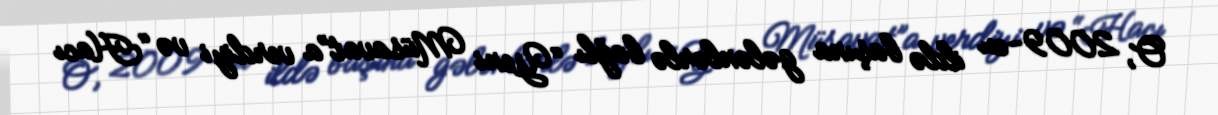
O, 2009-cu ildə başına gələnlərlə bağlı “Yeni Müsavat”a verdiyi və “Hacı